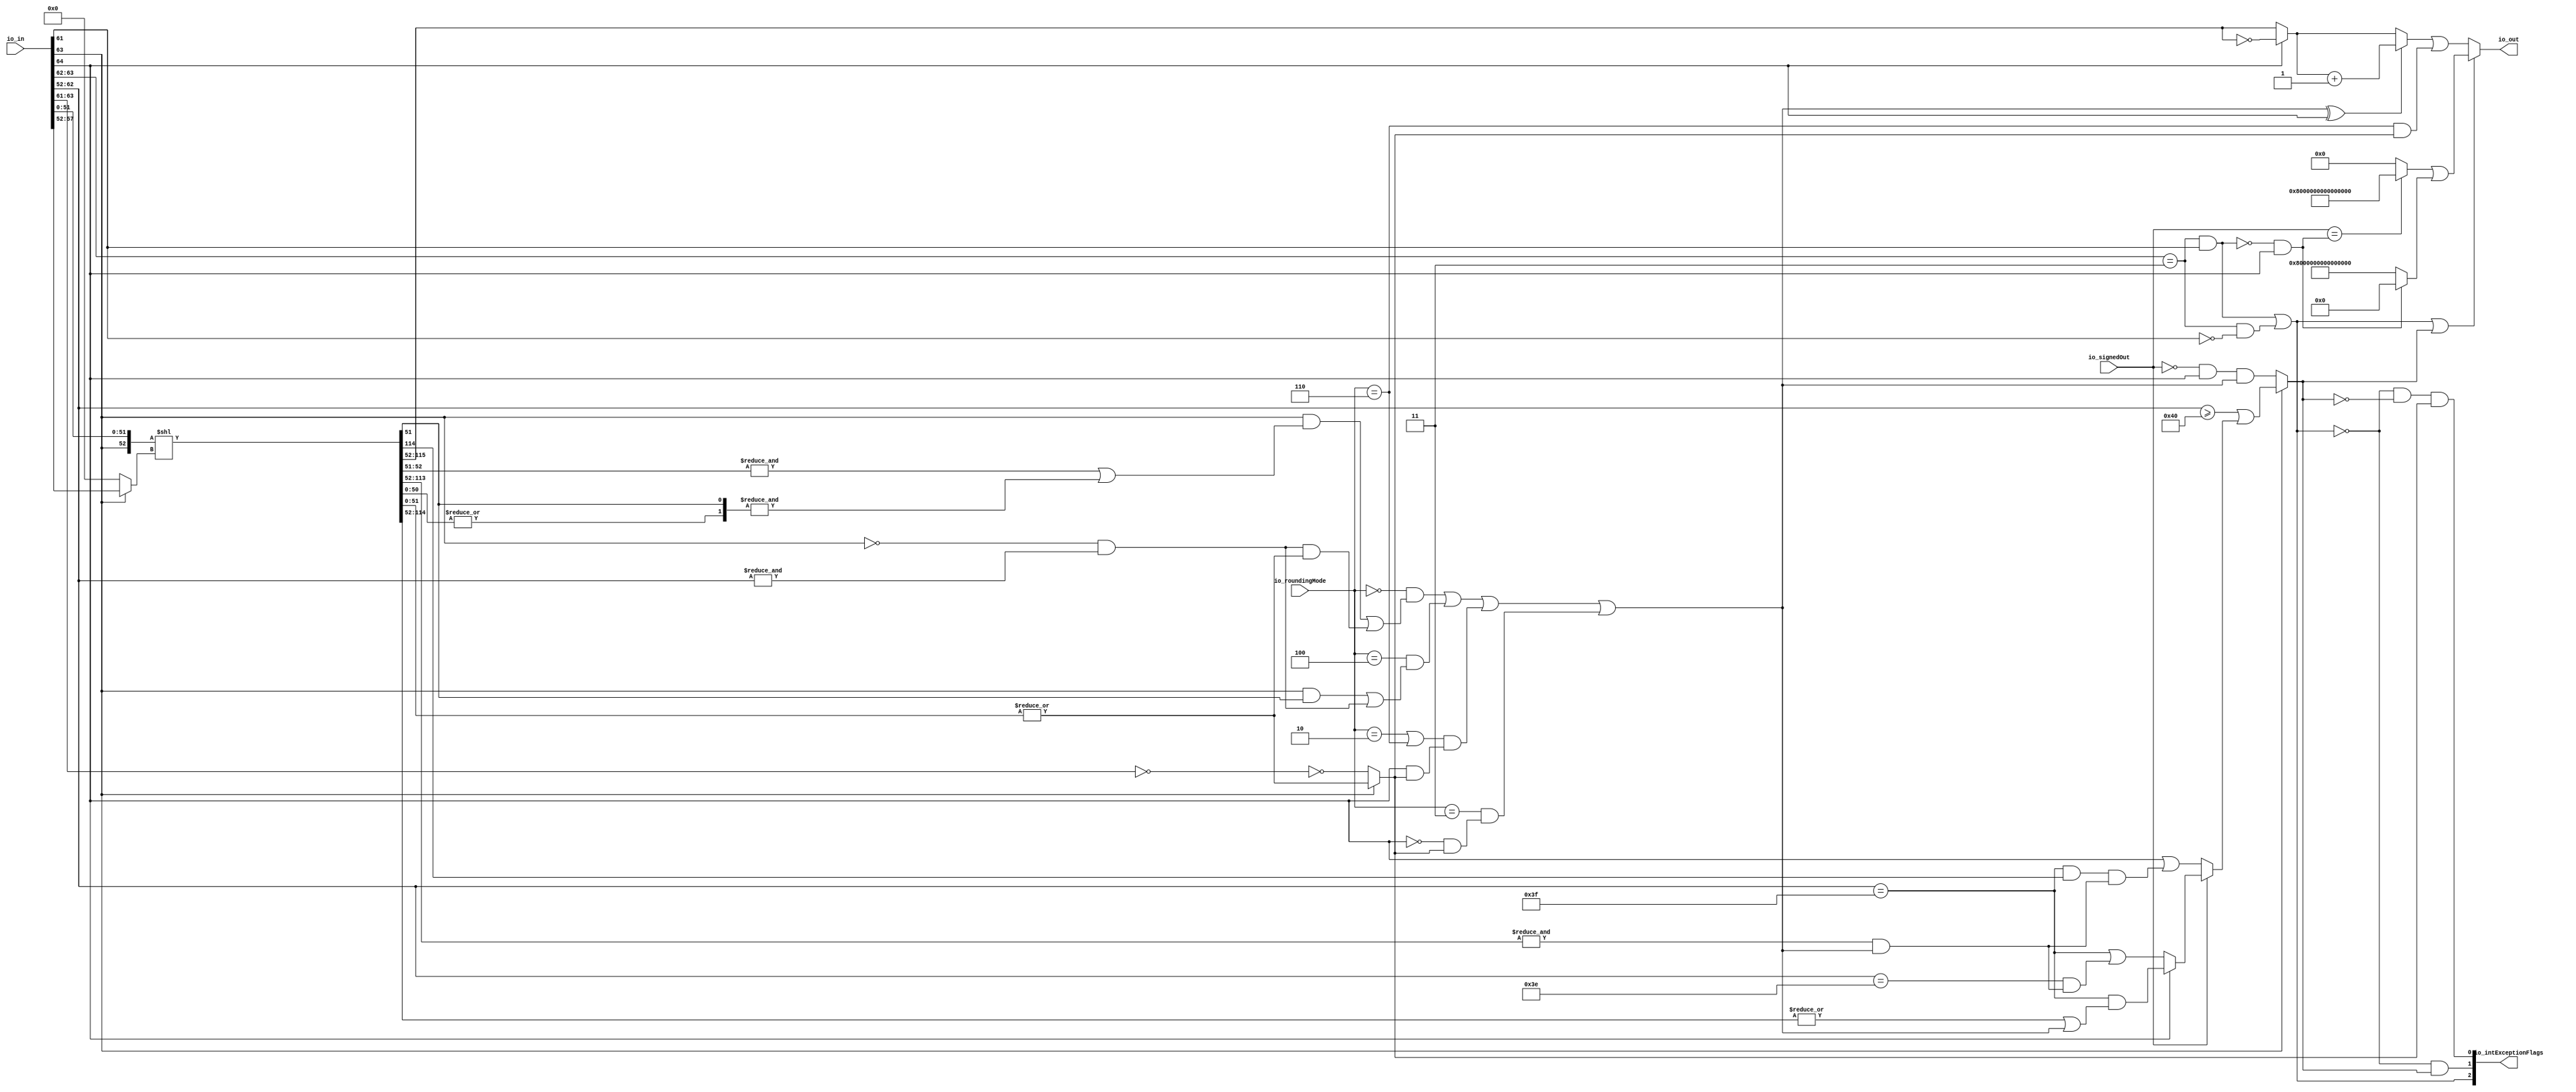
module RecFNToIN(
  input  [64:0] io_in,
  input  [2:0]  io_roundingMode,
  input         io_signedOut,
  output [63:0] io_out,
  output [2:0]  io_intExceptionFlags
);
  wire [11:0] rawIn_exp = io_in[63:52]; // @[rawFloatFromRecFN.scala 50:21]
  wire  rawIn_isZero = rawIn_exp[11:9] == 3'h0; // @[rawFloatFromRecFN.scala 51:54]
  wire  rawIn_isSpecial = rawIn_exp[11:10] == 2'h3; // @[rawFloatFromRecFN.scala 52:54]
  wire  rawIn__isNaN = rawIn_isSpecial & rawIn_exp[9]; // @[rawFloatFromRecFN.scala 55:33]
  wire  rawIn__isInf = rawIn_isSpecial & ~rawIn_exp[9]; // @[rawFloatFromRecFN.scala 56:33]
  wire  rawIn__sign = io_in[64]; // @[rawFloatFromRecFN.scala 58:25]
  wire [12:0] rawIn__sExp = {1'b0,$signed(rawIn_exp)}; // @[rawFloatFromRecFN.scala 59:27]
  wire  _rawIn_out_sig_T = ~rawIn_isZero; // @[rawFloatFromRecFN.scala 60:39]
  wire [53:0] rawIn__sig = {1'h0,_rawIn_out_sig_T,io_in[51:0]}; // @[Cat.scala 31:58]
  wire  magGeOne = rawIn__sExp[11]; // @[RecFNToIN.scala 58:30]
  wire [10:0] posExp = rawIn__sExp[10:0]; // @[RecFNToIN.scala 59:28]
  wire  magJustBelowOne = ~magGeOne & &posExp; // @[RecFNToIN.scala 60:37]
  wire  roundingMode_near_even = io_roundingMode == 3'h0; // @[RecFNToIN.scala 64:53]
  wire  roundingMode_min = io_roundingMode == 3'h2; // @[RecFNToIN.scala 66:53]
  wire  roundingMode_max = io_roundingMode == 3'h3; // @[RecFNToIN.scala 67:53]
  wire  roundingMode_near_maxMag = io_roundingMode == 3'h4; // @[RecFNToIN.scala 68:53]
  wire  roundingMode_odd = io_roundingMode == 3'h6; // @[RecFNToIN.scala 69:53]
  wire [52:0] _shiftedSig_T_1 = {magGeOne,rawIn__sig[51:0]}; // @[Cat.scala 31:58]
  wire [5:0] _shiftedSig_T_3 = magGeOne ? rawIn__sExp[5:0] : 6'h0; // @[RecFNToIN.scala 81:16]
  wire [115:0] _GEN_2 = {{63'd0}, _shiftedSig_T_1}; // @[RecFNToIN.scala 80:50]
  wire [115:0] shiftedSig = _GEN_2 << _shiftedSig_T_3; // @[RecFNToIN.scala 80:50]
  wire  _alignedSig_T_2 = |shiftedSig[50:0]; // @[RecFNToIN.scala 86:69]
  wire [65:0] alignedSig = {shiftedSig[115:51],_alignedSig_T_2}; // @[Cat.scala 31:58]
  wire [63:0] unroundedInt = alignedSig[65:2]; // @[RecFNToIN.scala 87:54]
  wire  _common_inexact_T_1 = |alignedSig[1:0]; // @[RecFNToIN.scala 89:57]
  wire  common_inexact = magGeOne ? |alignedSig[1:0] : _rawIn_out_sig_T; // @[RecFNToIN.scala 89:29]
  wire  _roundIncr_near_even_T_8 = magJustBelowOne & _common_inexact_T_1; // @[RecFNToIN.scala 92:26]
  wire  roundIncr_near_even = magGeOne & (&alignedSig[2:1] | &alignedSig[1:0]) | _roundIncr_near_even_T_8; // @[RecFNToIN.scala 91:78]
  wire  roundIncr_near_maxMag = magGeOne & alignedSig[1] | magJustBelowOne; // @[RecFNToIN.scala 93:61]
  wire  _roundIncr_T_1 = roundingMode_near_maxMag & roundIncr_near_maxMag; // @[RecFNToIN.scala 96:35]
  wire  _roundIncr_T_2 = roundingMode_near_even & roundIncr_near_even | _roundIncr_T_1; // @[RecFNToIN.scala 95:61]
  wire  _roundIncr_T_4 = rawIn__sign & common_inexact; // @[RecFNToIN.scala 98:26]
  wire  _roundIncr_T_5 = (roundingMode_min | roundingMode_odd) & _roundIncr_T_4; // @[RecFNToIN.scala 97:49]
  wire  _roundIncr_T_6 = _roundIncr_T_2 | _roundIncr_T_5; // @[RecFNToIN.scala 96:61]
  wire  _roundIncr_T_9 = roundingMode_max & (~rawIn__sign & common_inexact); // @[RecFNToIN.scala 99:27]
  wire  roundIncr = _roundIncr_T_6 | _roundIncr_T_9; // @[RecFNToIN.scala 98:46]
  wire [63:0] _complUnroundedInt_T = ~unroundedInt; // @[RecFNToIN.scala 100:45]
  wire [63:0] complUnroundedInt = rawIn__sign ? _complUnroundedInt_T : unroundedInt; // @[RecFNToIN.scala 100:32]
  wire [63:0] _roundedInt_T_2 = complUnroundedInt + 64'h1; // @[RecFNToIN.scala 103:31]
  wire [63:0] _roundedInt_T_3 = roundIncr ^ rawIn__sign ? _roundedInt_T_2 : complUnroundedInt; // @[RecFNToIN.scala 102:12]
  wire  _roundedInt_T_4 = roundingMode_odd & common_inexact; // @[RecFNToIN.scala 105:31]
  wire [63:0] _GEN_0 = {{63'd0}, _roundedInt_T_4}; // @[RecFNToIN.scala 105:11]
  wire [63:0] roundedInt = _roundedInt_T_3 | _GEN_0; // @[RecFNToIN.scala 105:11]
  wire  magGeOne_atOverflowEdge = posExp == 11'h3f; // @[RecFNToIN.scala 107:43]
  wire  roundCarryBut2 = &unroundedInt[61:0] & roundIncr; // @[RecFNToIN.scala 110:61]
  wire  _common_overflow_T_3 = |unroundedInt[62:0] | roundIncr; // @[RecFNToIN.scala 117:64]
  wire  _common_overflow_T_4 = magGeOne_atOverflowEdge & _common_overflow_T_3; // @[RecFNToIN.scala 116:49]
  wire  _common_overflow_T_6 = posExp == 11'h3e & roundCarryBut2; // @[RecFNToIN.scala 119:62]
  wire  _common_overflow_T_7 = magGeOne_atOverflowEdge | _common_overflow_T_6; // @[RecFNToIN.scala 118:49]
  wire  _common_overflow_T_8 = rawIn__sign ? _common_overflow_T_4 : _common_overflow_T_7; // @[RecFNToIN.scala 115:24]
  wire  _common_overflow_T_10 = magGeOne_atOverflowEdge & unroundedInt[62]; // @[RecFNToIN.scala 122:50]
  wire  _common_overflow_T_11 = _common_overflow_T_10 & roundCarryBut2; // @[RecFNToIN.scala 123:57]
  wire  _common_overflow_T_12 = rawIn__sign | _common_overflow_T_11; // @[RecFNToIN.scala 121:32]
  wire  _common_overflow_T_13 = io_signedOut ? _common_overflow_T_8 : _common_overflow_T_12; // @[RecFNToIN.scala 114:20]
  wire  _common_overflow_T_14 = posExp >= 11'h40 | _common_overflow_T_13; // @[RecFNToIN.scala 113:40]
  wire  _common_overflow_T_17 = ~io_signedOut & rawIn__sign & roundIncr; // @[RecFNToIN.scala 125:41]
  wire  common_overflow = magGeOne ? _common_overflow_T_14 : _common_overflow_T_17; // @[RecFNToIN.scala 112:12]
  wire  invalidExc = rawIn__isNaN | rawIn__isInf; // @[RecFNToIN.scala 130:34]
  wire  _overflow_T = ~invalidExc; // @[RecFNToIN.scala 131:20]
  wire  overflow = ~invalidExc & common_overflow; // @[RecFNToIN.scala 131:32]
  wire  inexact = _overflow_T & ~common_overflow & common_inexact; // @[RecFNToIN.scala 132:52]
  wire  excSign = ~rawIn__isNaN & rawIn__sign; // @[RecFNToIN.scala 134:32]
  wire [63:0] _excOut_T_1 = io_signedOut == excSign ? 64'h8000000000000000 : 64'h0; // @[RecFNToIN.scala 136:12]
  wire [62:0] _excOut_T_3 = ~excSign ? 63'h7fffffffffffffff : 63'h0; // @[RecFNToIN.scala 140:12]
  wire [63:0] _GEN_1 = {{1'd0}, _excOut_T_3}; // @[RecFNToIN.scala 139:11]
  wire [63:0] excOut = _excOut_T_1 | _GEN_1; // @[RecFNToIN.scala 139:11]
  wire [1:0] io_intExceptionFlags_hi = {invalidExc,overflow}; // @[Cat.scala 31:58]
  assign io_out = invalidExc | common_overflow ? excOut : roundedInt; // @[RecFNToIN.scala 142:18]
  assign io_intExceptionFlags = {io_intExceptionFlags_hi,inexact}; // @[Cat.scala 31:58]
endmodule